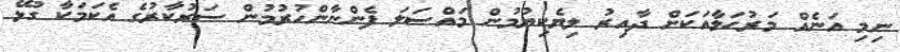
ނިމި އަނެއް މަރުޙަލާއަކަށް ދާއިރު ލިޔެކިޔުމުން މައްސަލަ ފެންނާންހުރުމުން ސަރުކާރުގެ އެކަމަކާ ގުޅޭ